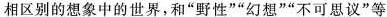
相区别的想象中的世界，和”野性””幻想””不可思议”等